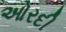
ઓરદી